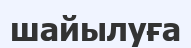
шайылуға